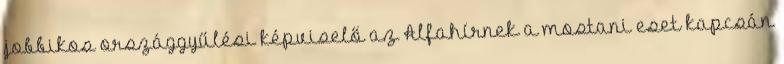
jobbikos országgyűlési képviselő az Alfahírnek a mostani eset kapcsán